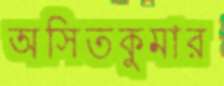
অসিতকুমার